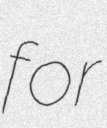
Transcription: for